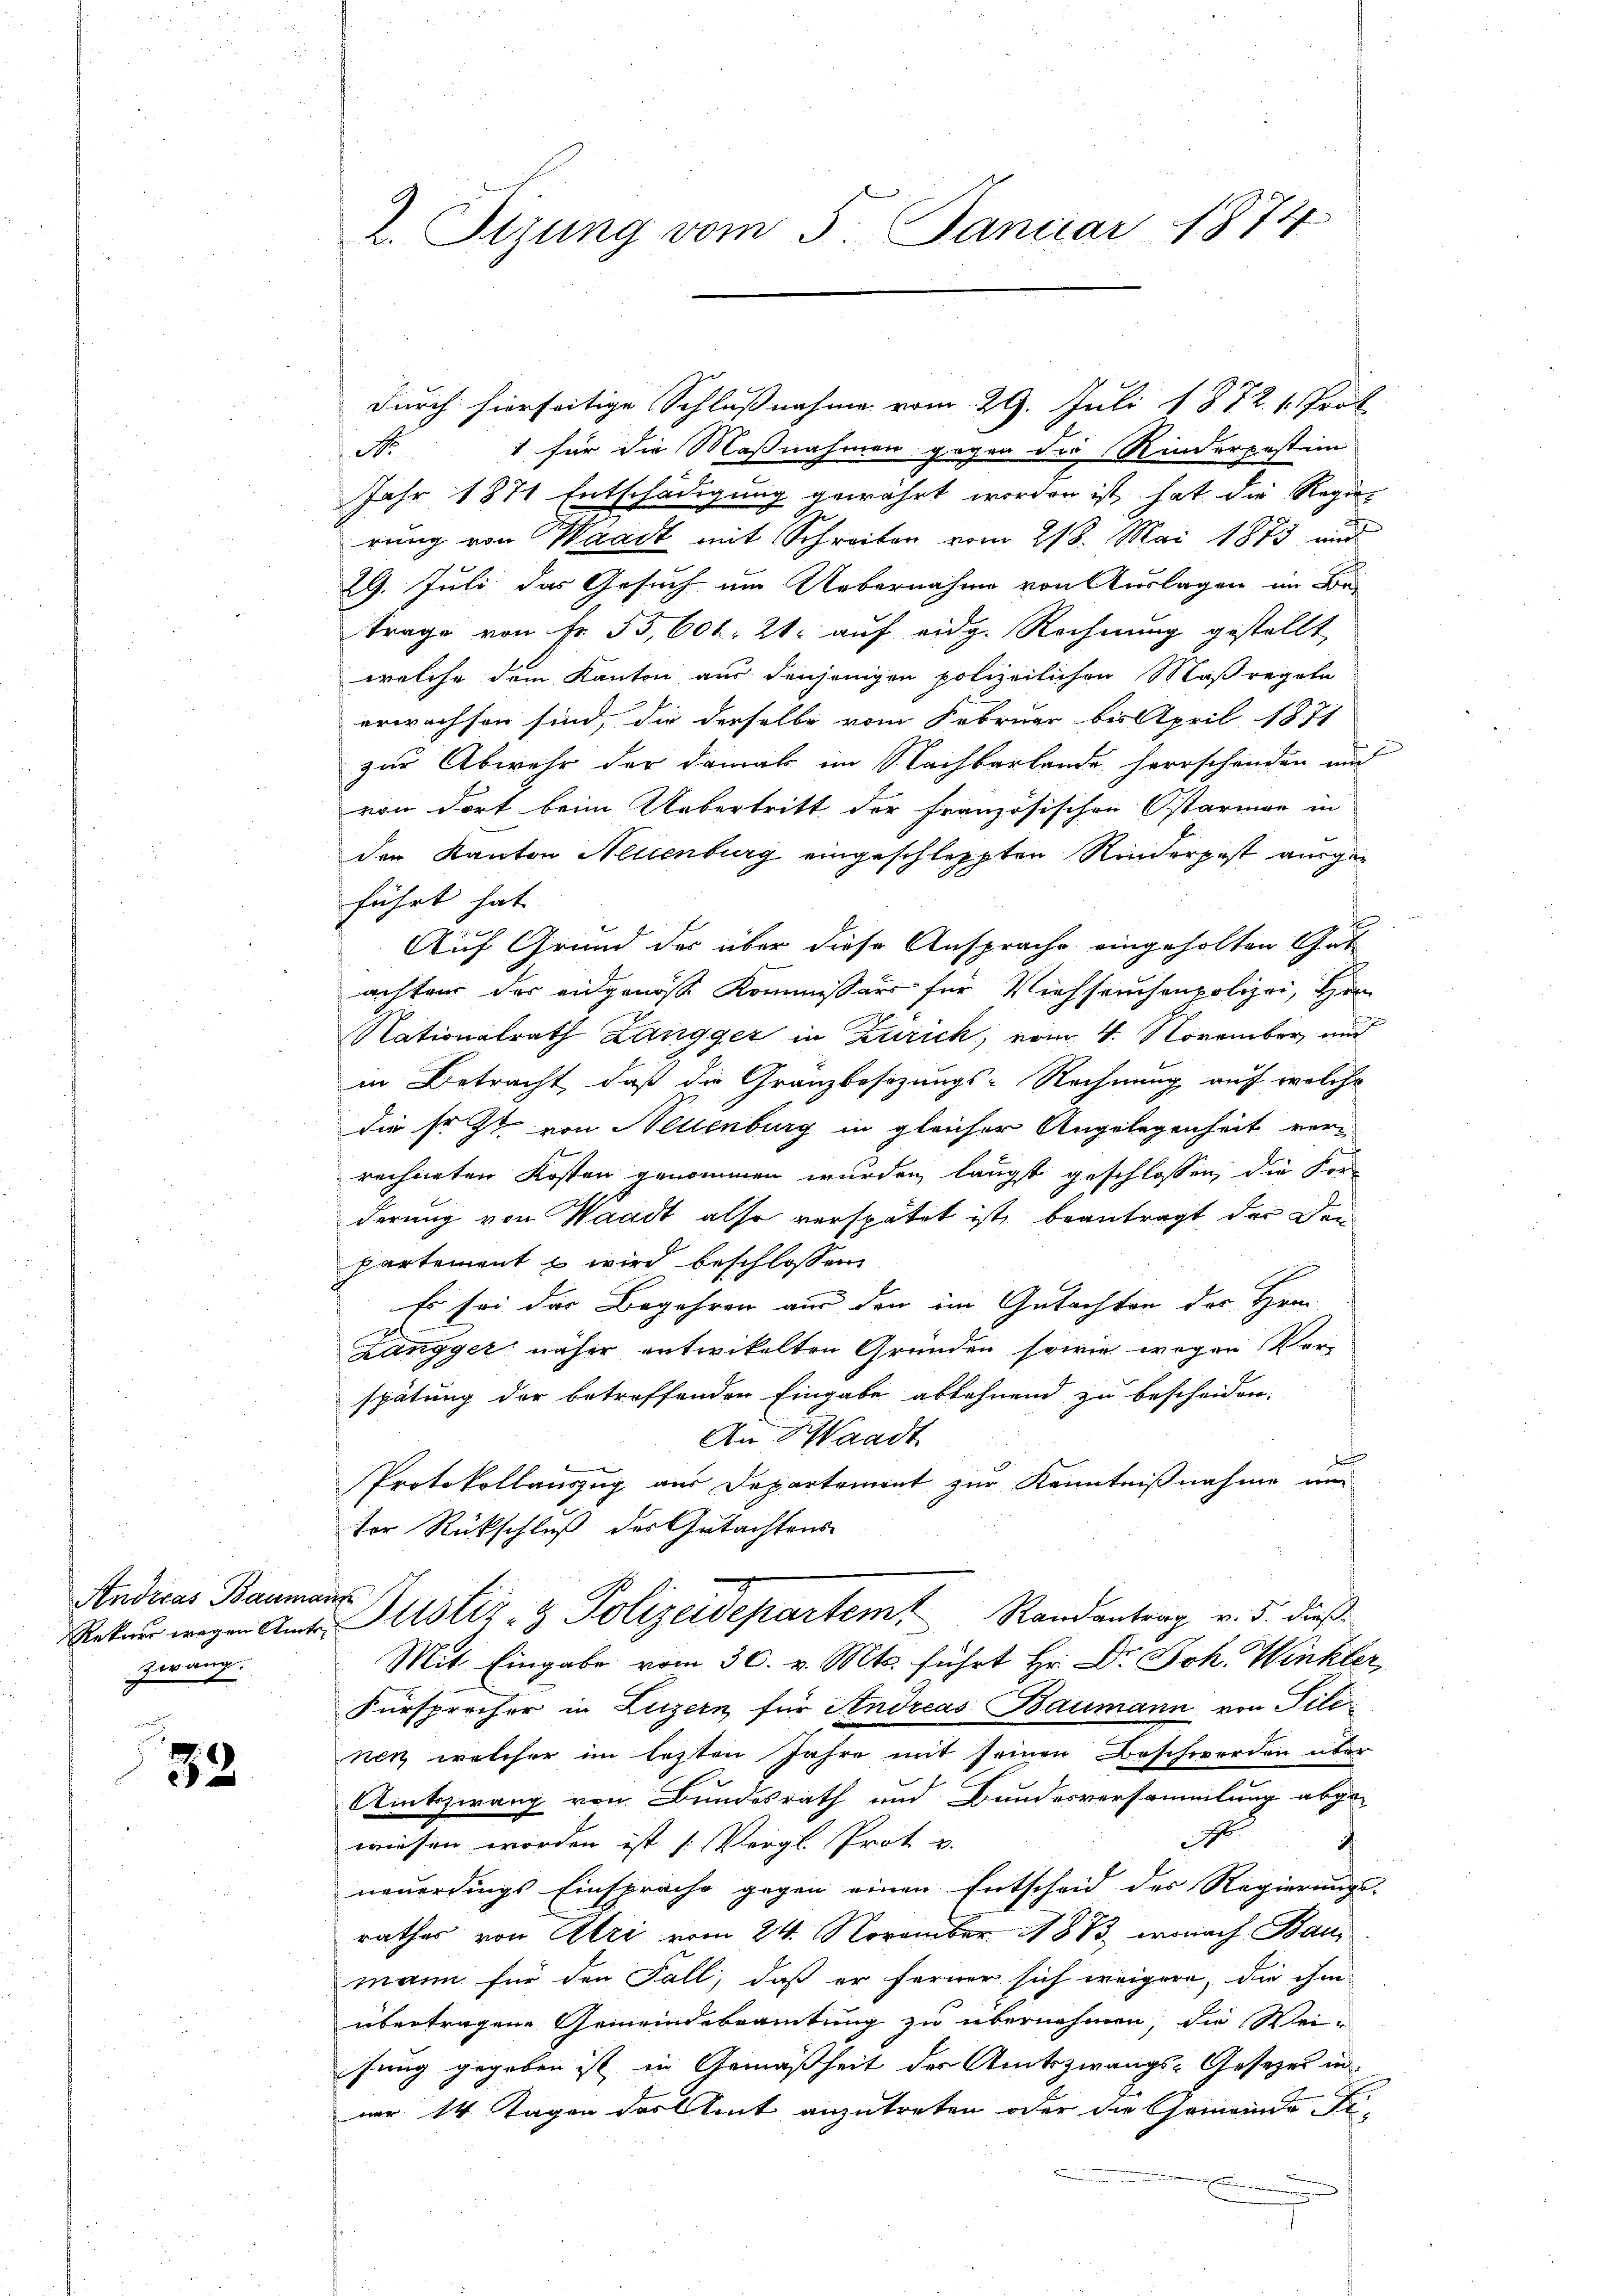
Andicas Baumann
zwang.

33

durch hierseitige Schlußnahme vom 29. Juli 1872. 1. Prof.
1 für die Maßnahmen gegen die Kinderpestim
No
Jahr 1871 Entschädigung gewährt worden ist, hat die Regier
rung von Waadt mit Schreiben vom 218. Mai 1873 und
29. Juli das Gesuch um Uebernahme von Auslagen im Be-
trage von Fr. 53, 601. 21. auf eidg. Rechnung gestellt
welche dem Kanton aus denjenigen polizeilichen Maßregeln
erwachsen sind, die derselbe vom Februar bis April 1871
zur Abwehr der damals im Nachbarbande herrschanden und
von dort beim Uebertritt der französischen Ostarmen in
der Kanton Neuenburg eingeschleppten Rinderpost angeführt hat.
Auf Grund der über diese Ansprache eingeholten Gut
achten der eidgenosse Kommissärs für Viehseuchenpolizei, Her
Nationalrath Zangger in Zürich, vom 4. November, und
in Betracht, daß die Granzbesizungs-Rechnung auf welche
die sr. Zt. von Neuenburg in gleicher Angelegenheit ver¬
 kennen
rechneten Kosten genommen wurden längst geschlossen, die Sor
derung von Waadt also verspätet ist, beantragt, der Den
partement & wird beschlossen:
Es sei der Begehren aus den im Gutachten des Hrn.
Zangger näher entwickelten Gründen sowie wegen Ver-
spätung der betreffenden Eingabe ablehnend zu bescheiden.
An Waadt
d
Protokollauszug aus Departement zur Kenntnißnahme an
tor Rückschluß des Gutachtens
Rekurs wegen Ant. Sistiz- & Polizeidepartem Randantrag v. 3. dieß¬
Mit Eingabe vom 30. v. Mts. führt Hr. Dr. Joh. Winkler
Fürsprecher in Luzern für Andreas Baumann von Tite
nen, welcher im lezten Jahre mit seinen Beschwerden über
Amtszwang von Bundesrath und Bundesversammlung abge-
No
wiesen worden ist (Vergl. Prot v.
c
neuerdings Einsprache gegen einen Entscheid der Regierungs-
rathes von Ulri vom 24. November 1873, wonach Baumann für den Fall, daß er ferner sich weigere, die ihm
übertragene Gemeindebeamtung zu übernehmen, die Weihung gegeben ist in Gemäßheit der Amtszwangs-Gesezes in
nur 14 Tagen das Amt anzutreten oder die Gemeinde Fi-

2. Sizung vom 5. Januar 1874.